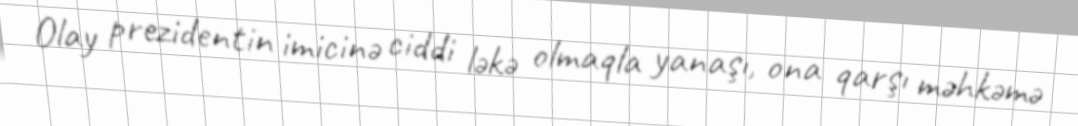
Olay prezidentin imicinə ciddi ləkə olmaqla yanaşı, ona qarşı məhkəmə